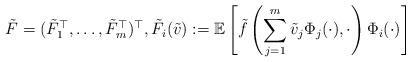
LaTeX: \begin{align*} \tilde{F} = (\tilde{F}_1^\top,\ldots,\tilde{F}_m^\top)^\top , \tilde{F}_i(\tilde{v}) := \mathbb{E} \left[ \tilde{f} \left( \sum_{j=1}^m \tilde{v}_j \Phi_j (\cdot) , \cdot \right) \Phi_i(\cdot) \right]\end{align*}